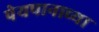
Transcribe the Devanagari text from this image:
पेयपानाच्या